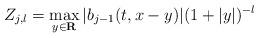
LaTeX: \begin{align*} Z _ { j , l } = \max _ { y \in \mathbf R } | b _ { j - 1 } ( t , x - y ) | ( 1 + | y | ) ^ { - l }\end{align*}